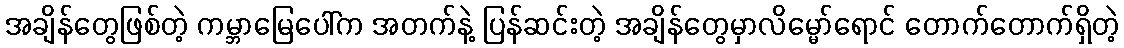
အချိန်တွေဖြစ်တဲ့ ကမ္ဘာမြေပေါ်က အတက်နဲ့ ပြန်ဆင်းတဲ့ အချိန်တွေမှာလိမ္မော်ရောင် တောက်တောက်ရှိတဲ့